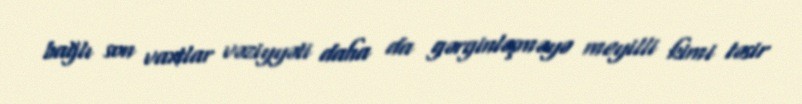
bağlı son vaxtlar vəziyyəti daha da gərginləşməyə meyilli kimi təsir